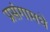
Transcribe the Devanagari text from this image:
प्रसंगामधे